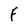
Character: F